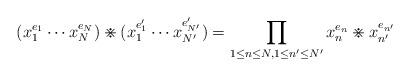
LaTeX: \begin{align*}(x_1^{e_1}\cdots x_N^{e_N})\divideontimes(x_1^{e'_1}\cdots x_{N'}^{e'_{N'}})=\prod_{1\leq n\leq N,1\leq n'\leq N'}{x_n^{e_n}\divideontimes x_{n'}^{e_{n'}}}\end{align*}